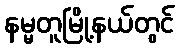
နမ္မတူမြို့နယ်တွင်